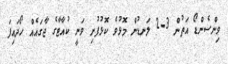
ވިންސެންޑޯ އަތުން 3-2 ލަނޑުން މޮޅުވެ ކޮޅުފުށި ވަނީ ކުއާޓާގެ ޖާގައެއް ހޯދައިފަ